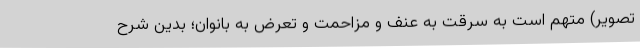
تصویر) متهم است به سرقت به عنف و مزاحمت و تعرض به بانوان؛ بدین شرح